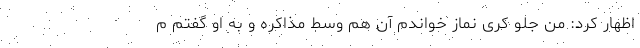
اظهار کرد: من جلو کری نماز خواندم آن هم وسط مذاکره و به او گفتم م